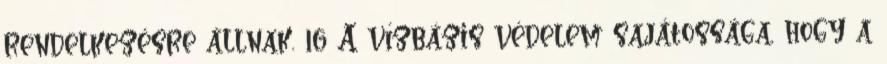
rendelkezésre állnak. 16 A vízbázis védelem sajátossága, hogy a